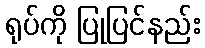
ရုပ်ကို ပြုပြင်နည်း